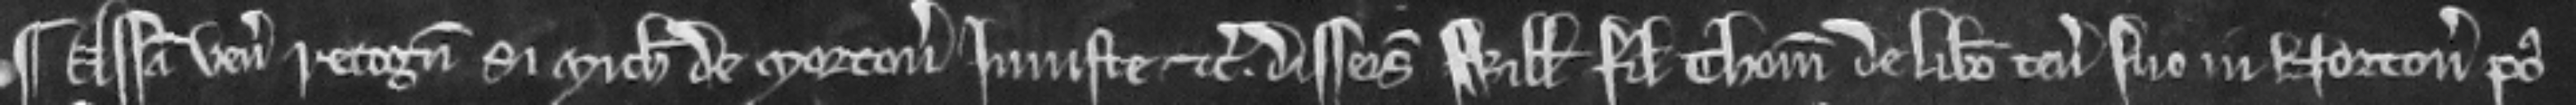
¶ Assisa venit recognitura si Michaelis de Morton injuste etc. disseisivit Willemum flium Thome de libero tenemento suo in Norton post